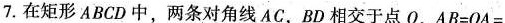
7.在矩形ABCD中，两条对角线AC，BD相交于点，$$A B = O A =